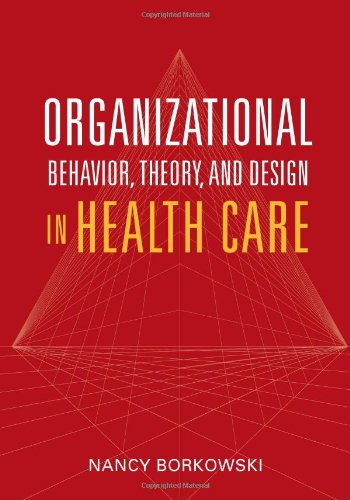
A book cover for Organizational Behavior, Theory, And Design In Health Care; Nancy Borkowski; Medical Books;